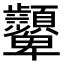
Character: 𩖓